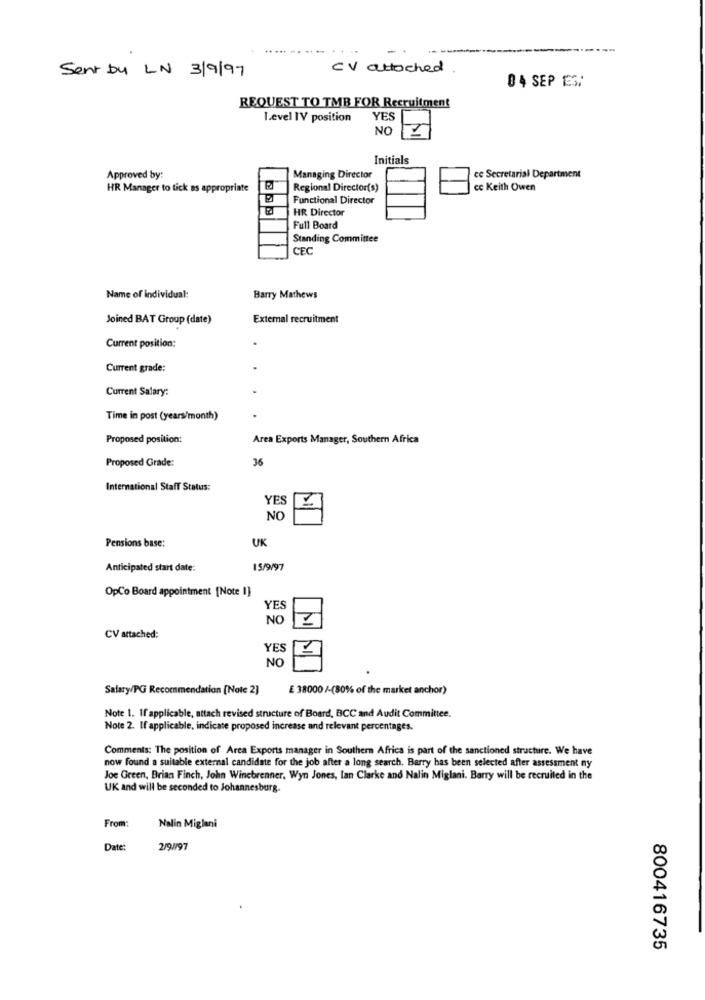
Sent by LN 3/9/97
CV attached
04 SEP ES:
REQUEST TO TMB FOR Recruitment
Level IV position
YES
NO
Initials
Approved by:
Managing Director
ce Secretarial Department
HR Manager to tick as appropriate
Regional Director(s)
cc Keith Owen
Functional Director
HR Director
Full Board
Standing Committee
CEC
Name of individual:
Barry Mathews
Joined BAT Group (date)
External recruitment
Current position:
Current grade:
Current Salary:
Time in post (years/month)
Proposed position:
Area Exports Manager, Southern Africa
Proposed Grade:
36
International Staff Status:
YE
NO
UK
Pensions base:
Anticipated start date:
15/9/97
OpCo Board appointment [Note 1]
YES
NO
CV attached:
YES
NO
Salary/PG Recommendation [Note 2]
£ 38000 /-(80% of the market anchor)
Note 1. If applicable, attach revised structure of Board, BCC and Audit Committee.
Note 2. If applicable, indicate proposed increase and relevant percentages.
Comments: The position of Area Exports manager in Southern Africa is part of the sanctioned structure. We have
now found a suitable external candidate for the job after a long search. Barry has been selected after assessment ny
Joe Green, Brian Finch, John Winebrenner, Wyn Jones, lan Clarke and Nalin Miglani. Barry will be recruited in the
UK and will be seconded to Johannesburg.
From:
Nalin Miglani
Date:
2/9/97
800416735